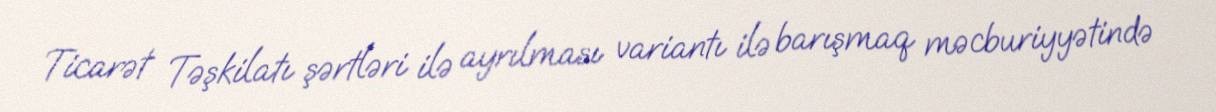
Ticarət Təşkilatı şərtləri ilə ayrılması variantı ilə barışmaq məcburiyyətində